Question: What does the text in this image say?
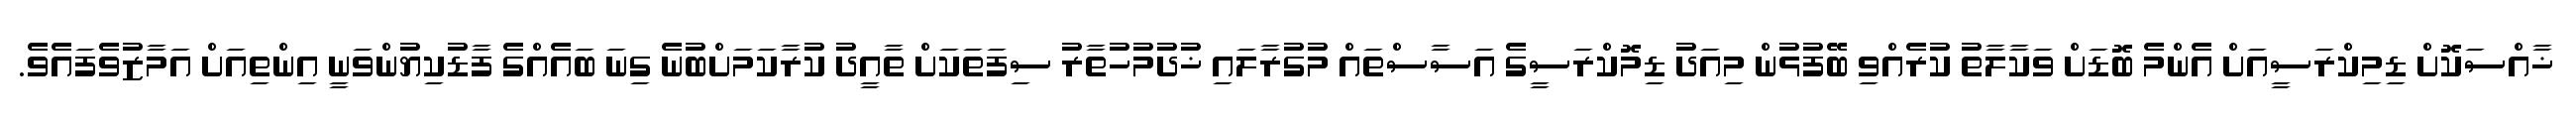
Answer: ޚާއްސަކޮށް ޑިމިކްރަސީއަށް އެންމެ ބޮޑަށް ވަކާލާތު ކުރެއްވި ބޭފުޅުން މިއަދު ޑިމޮކްރަސީގެ އަސާސްތައް މުގުރާލައި ޚުދުމުހުތާރު ސިފަތަކަށް ތާއީދު ކުރާކަމަށްބުނެ ގިނަ ބައެއްގެ ފާޑުކިޔުންވަނީ އިންތިއަށް އަމާޒުވެފައެވެ.